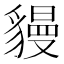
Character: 䝢